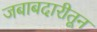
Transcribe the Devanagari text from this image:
जबाबदारीतून